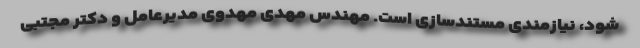
شود، نیازمندی مستندسازی است. مهندس مهدی مهدوی مدیرعامل و دکتر مجتبی